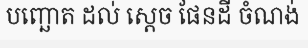
បញ្ឆោត ដល់ ស្តេច ផែនដី ចំណង់